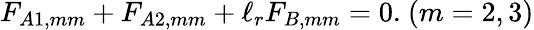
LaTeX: F_{A1,mm}+F_{A2,mm}+\ell_{r}F_{B,mm}=0.\ (m=2,3)